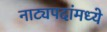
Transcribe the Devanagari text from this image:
नाट्यपदांमध्ये